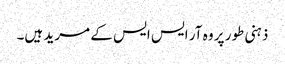
ذہنی طور پر وہ آر ایس ایس کے مرید ہیں۔